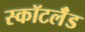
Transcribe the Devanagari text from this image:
स्कॉटलॅंड